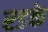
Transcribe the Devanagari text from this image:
रडके